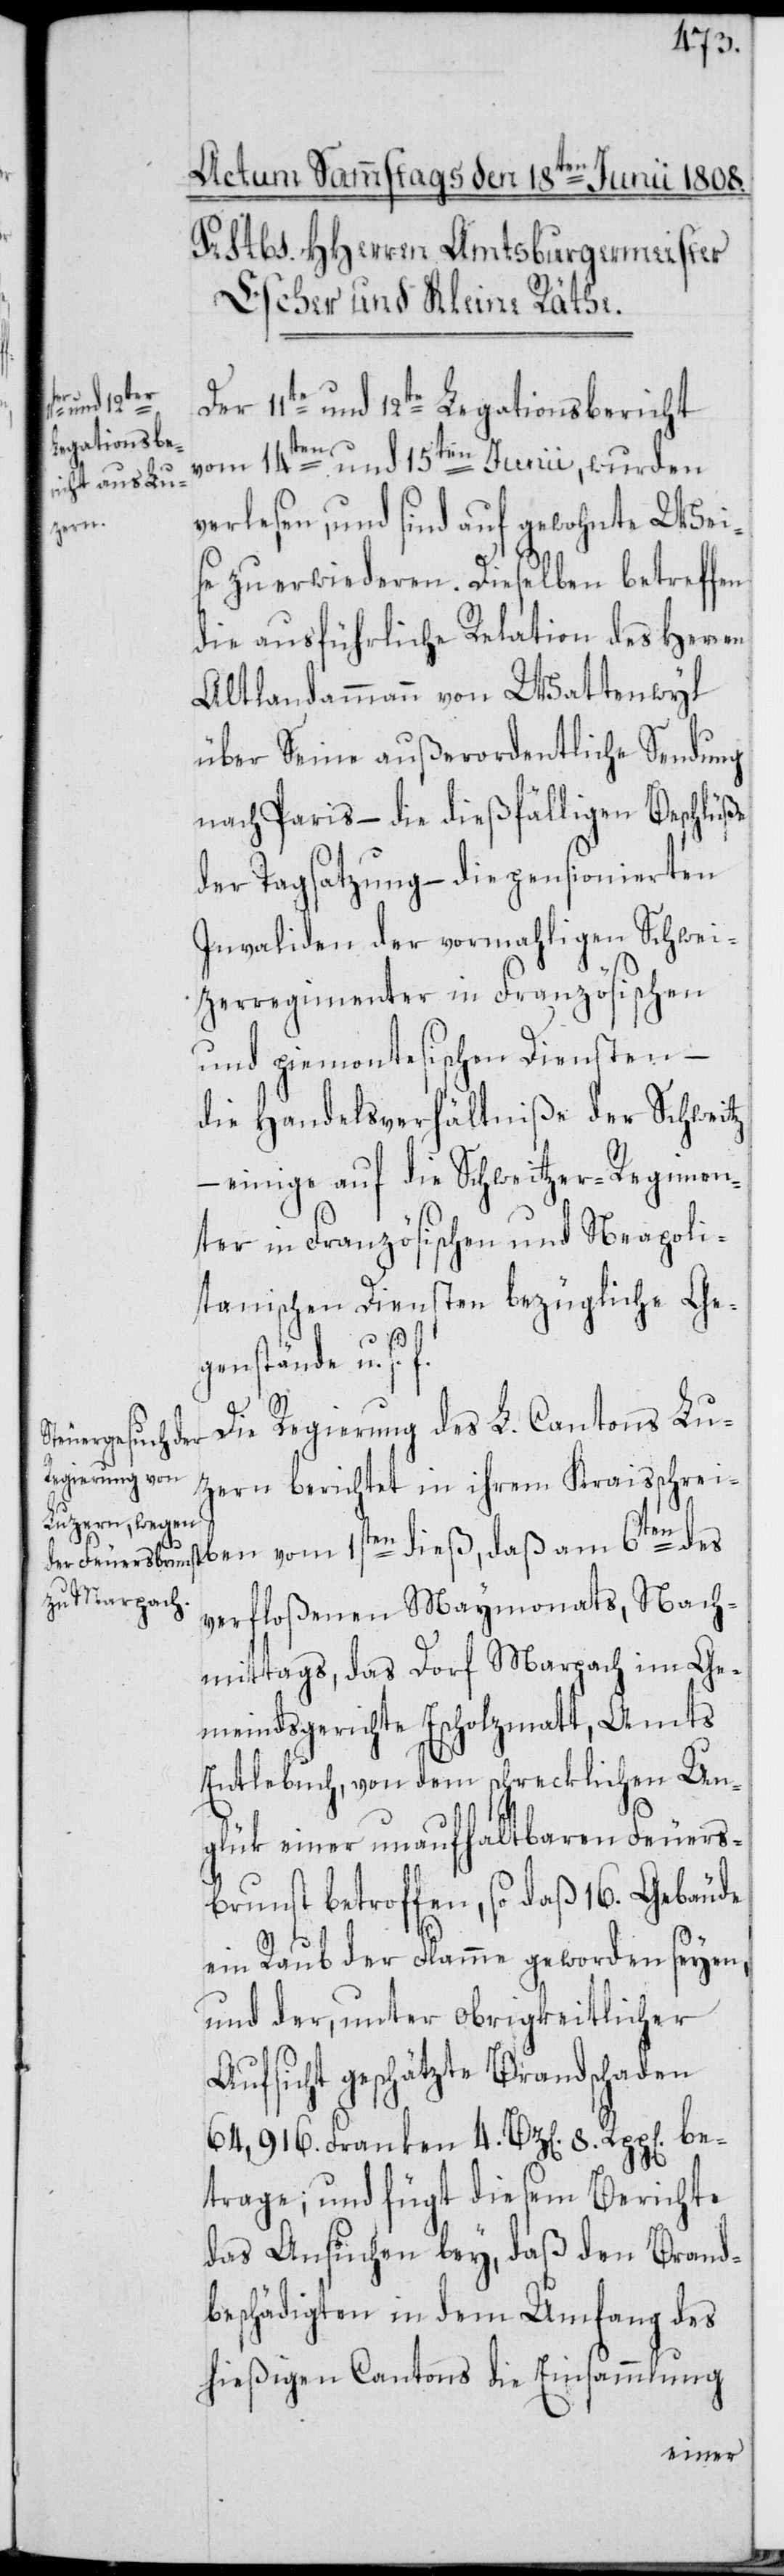
6ten des
Der 11te und 12te Legationsbericht
vom 14ten und 15ten Junii, wurden
verlesen, und sind auf gewohnte Wei¬
se zu erwiederen. Dieselben betreffen
die ausführliche Relation des Herren
Altlandammann von Wattenwyl
über Seine außerordentliche Sendung
nach Paris – die dießfälligen Beschlüße
der Tagsatzung – die pensionierten
Invaliden der vormahligen Schwei¬
tzerregimenter in Französischen
und piemontesischen Diensten –
die Handelsverhältniße der Schweitz
– einige auf die Schweitzer-Regimen¬
ter in Französischen und Neapoli¬
tanischen Diensten bezügliche Ge¬
genstände u. s.
Die Regierung des L. Cantons Lu¬
zern berichtet in ihrem Kraisschreiben
verfloßenen Maymonats, Nach¬
mittags, das Dorf Marpach in Ge¬
meindsgerichte Escholzmatt, Amts
Entlebuch, von dem schrecklichen Un¬
glük einer unaufhaltbaren Feuers¬
brunst betroffen, so daß 16. Gebäude
ein Raub der Flamme geworden seyen,
und der, unter obrigkeitlicher
Aufsicht geschätzte Brandschaden
64,916. Franken 4. Bz[en]. 8 Rpp[en]. be¬
trage; und fügt diesem Berichte
das Ansuchen bey, daß den Brand¬
beschädigten in dem Umfang des
hießigen Cantons die Einsammlung